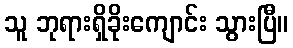
သူ ဘုရားရှိခိုးကျောင်း သွားပြီ။